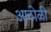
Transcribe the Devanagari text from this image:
आठोळी